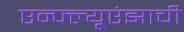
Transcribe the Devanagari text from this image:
एन्फ्ल्यूएंझाची